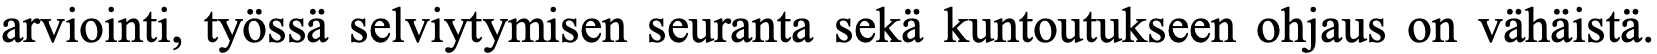
arviointi, työssä selviytymisen seuranta sekä kuntoutukseen ohjaus on vähäistä.